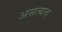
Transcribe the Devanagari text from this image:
असत्यत्व